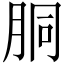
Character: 胴